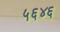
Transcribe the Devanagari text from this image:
५६४६